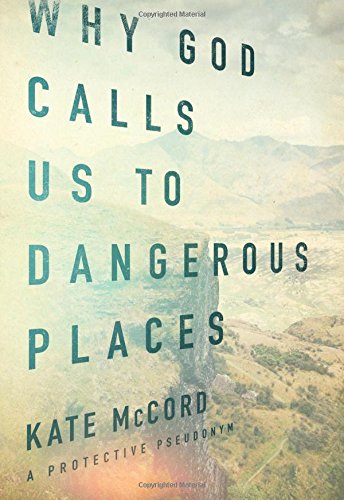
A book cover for Why God Calls Us to Dangerous Places; Kate McCord; Christian Books & Bibles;